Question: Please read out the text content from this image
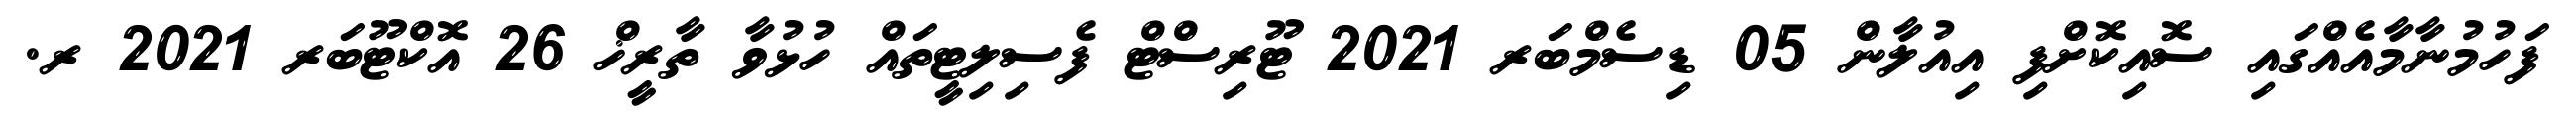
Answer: ފަހުމުނާމާއެއްގައި ސޮއިކޮށްފި އިއުލާން 05 ޑިސެމްބަރ 2021 ޓޫރިސްޓް ފެސިލިޓީތައް ހުޅުވާ ތާރީޚް 26 އޮކްޓޫބަރ 2021 ރ.